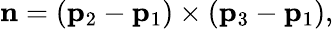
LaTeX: \mathbf{n}=(\mathbf{p}_{2}-\mathbf{p}_{1})\times(\mathbf{p}_{3}-\mathbf{p}_{1}),